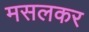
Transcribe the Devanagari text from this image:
मसलकर